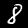
Digit: 8